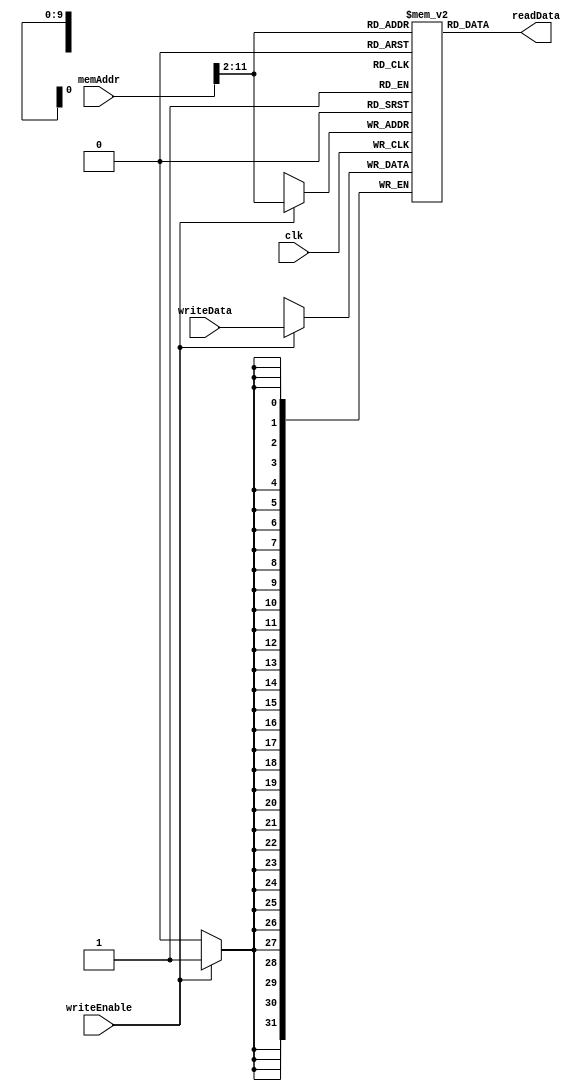
`timescale 1ns / 1ps

`define dataMemSize 1023

module dataMemory (
		input clk,
		input writeEnable,
		input[31:0] memAddr,
		input[31:0] writeData,
		
		output[31:0] readData
	);

reg[31:0] dataMem[`dataMemSize:0];

assign readData = dataMem[(memAddr >> 2)];

always @(posedge clk ) begin
	if (writeEnable) begin     // write permission
		dataMem[(memAddr >> 2)] <= writeData;
	end
end

endmodule